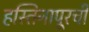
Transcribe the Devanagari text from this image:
हस्तिनापूरची